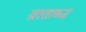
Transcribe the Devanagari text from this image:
व्राताश्च